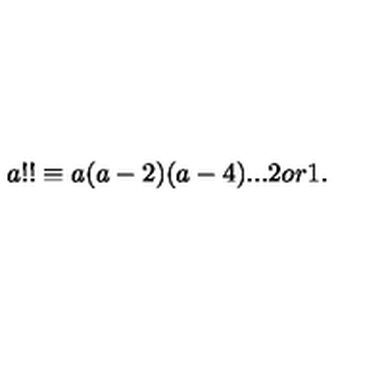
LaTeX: a ! ! \equiv a ( a - 2 ) ( a - 4 ) . . . 2 o r 1 .